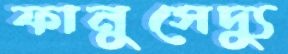
ফানুসেদ্যু